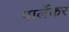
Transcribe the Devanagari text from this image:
पार्लेकर